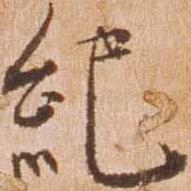
紀